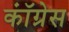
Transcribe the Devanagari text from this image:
काॅंग्रेस